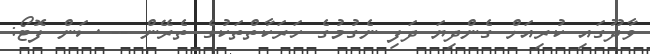
ވާދޫގައި ކުރިއަށް ގެންދިޔަ ދަފި ނެގުމުގެ ހަރަކާތްތަކުގެ ތެރޭން -- ސަން ފޮޓޯ: